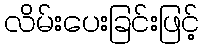
လိမ်းပေးခြင်းဖြင့်